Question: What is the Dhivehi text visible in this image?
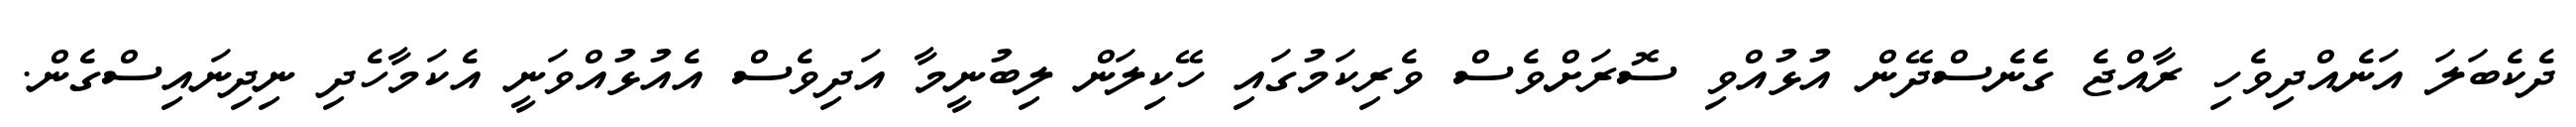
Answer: ދެކެބަލަ އަނެއްދިވެހި ރާއްޖެ ގެނެސްދޭން އުޅުއްވި ސޮރަށްވެސް ވެރިކަމުގައި ހޭކިލަން ލިބުނީމާ އަދިވެސް އެއުޅުއްވަނީ އެކަމާހެދި ނިދިނައިސްގެން.